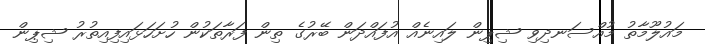
މައުލޫމާތު މުއްސަނދިވި ޝިޕިން ލައިނެއް އުފައްދަން ބޭރުގެ ތިން ފަރާތަކުން ހުށަހަޅައިފިއިތުރު ޝިޕިން